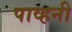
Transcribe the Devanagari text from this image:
पाव्हनी